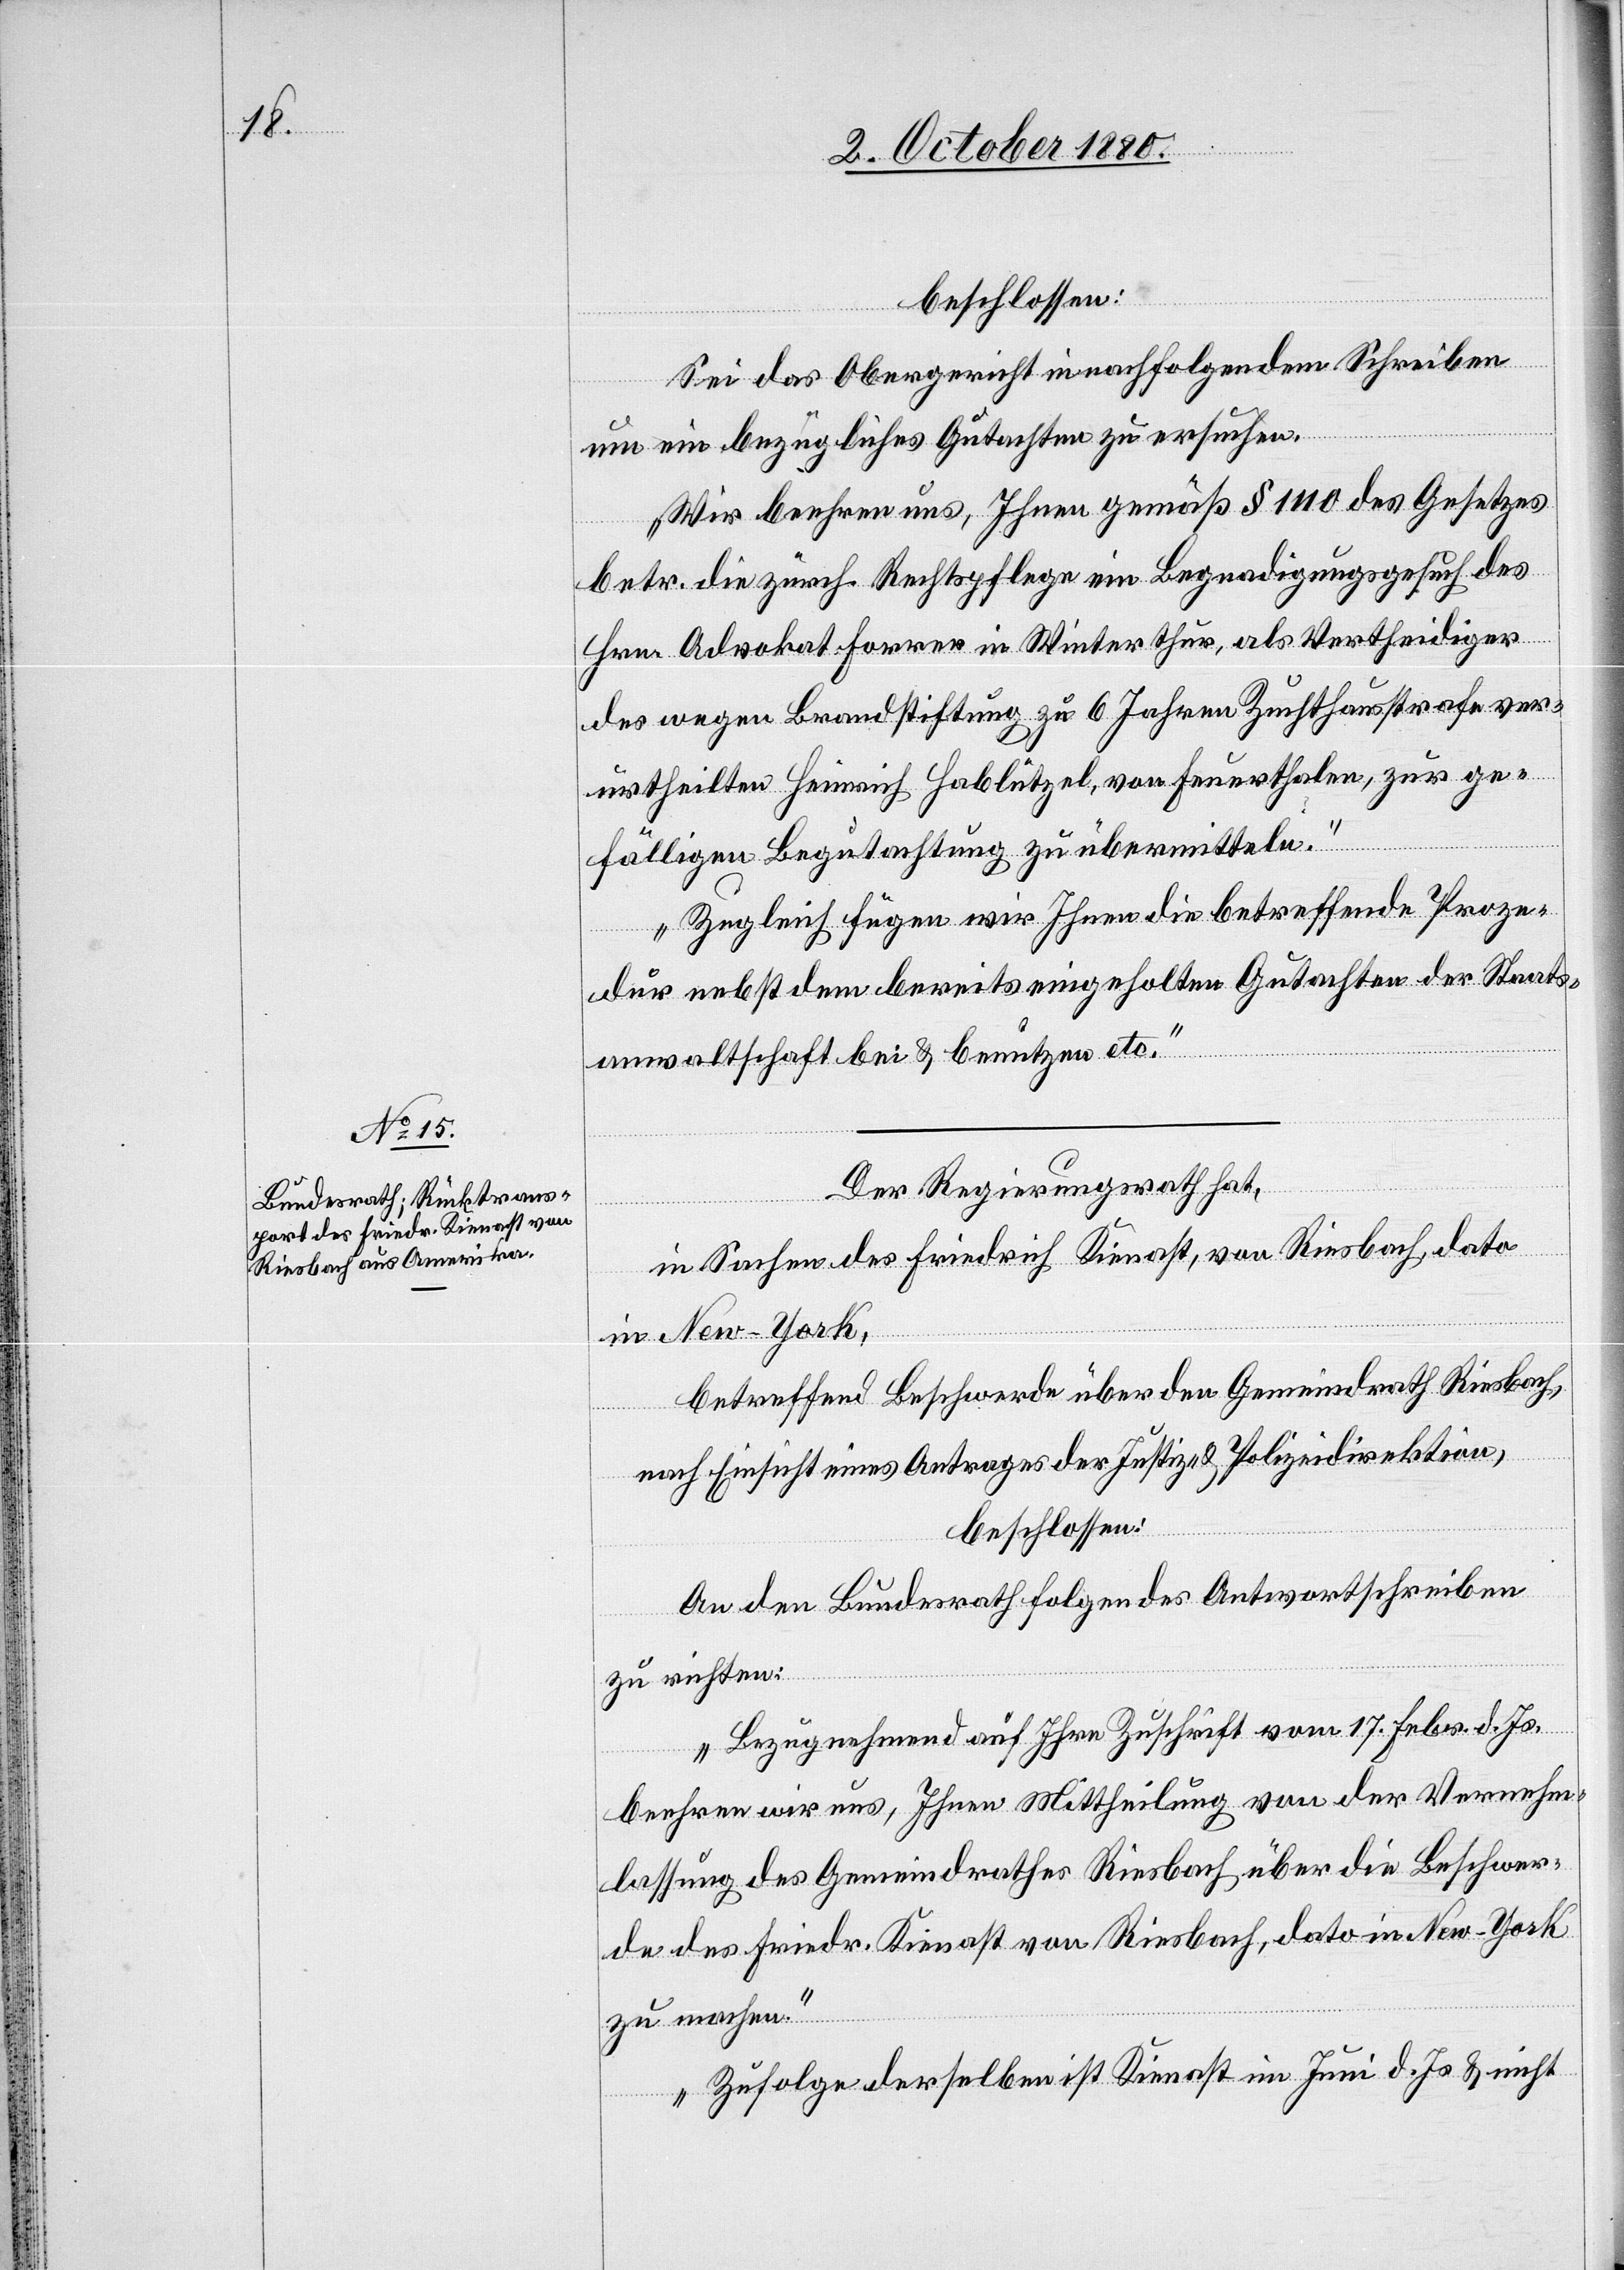
beschlossen:
Sei das Obergericht in nachfolgendem Schreiben
um ein bezüglichen Gutachten zu ersuchen:
„Wir beehren uns, Ihnen gemäß § 1110 des Gesetzes
betr. die zürch. Rechtspflege ein Begnadigungsgesuch des
Hrn. Advokat Forrer in Winterthur als Vertheidiger
des wegen Brandstiftung zu 6 Jahren Zuchthausstrafe ver¬
urtheilten Heinrich Hablützel, von Feuerthalen, zur ge¬
fälligen Begutachtung zu übermitteln.
Zugleich fügen wir Ihnen die betreffende Proze¬
dur nebst dem bereits eingeholten Gutachten der Staats¬
anwaltschaft bei & benutzen etc.“
Der Regierungsrath hat,
in Sachen des Friedrich Kienast, von Riesbach, dato
in New-York,
betreffend Beschwerde über den Gemeindrath Riesbach,
nach Einsicht eines Antrages der Justiz- & Polizeidirektion,
beschlossen:
An den Bundesrath folgendes Antwortschreiben
zu richten:
„Bezugnehmend auf Ihre Zuschrift vom 17. Febr. d. Js.
beehren wir uns, Ihnen Mittheilung von der Vernehm¬
lassung des Gemeindrathes Riesbach über die Beschwer¬
de des Friedr. Kienast von Riesbach, dato in New-York
zu machen.
Zufolge derselben ist Kienast im Juni d. Js. & nicht